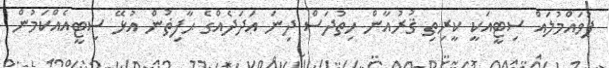
ފުވައްމުލައް ސިޓީއަކީ ކީރިތި ޤުރުއާން ހިތުދަސް ދިނަ ޢަދަދެއްގެ ޙާފިޡުން އުޅޭ ސިޓީއެއްކަމުން